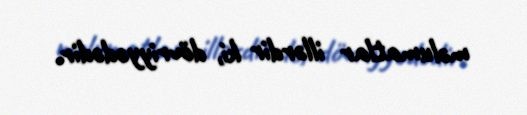
məlumatlar illərdir ki, dövriyyədədir.